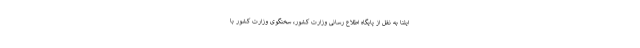
ایلنا به نقل از پایگاه اطلاع رسانی وزارت کشور، سخنگوی وزارت کشور با